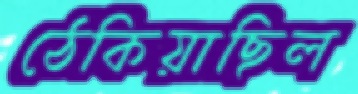
ঠেকিয়াছিল